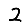
Digit: 2